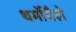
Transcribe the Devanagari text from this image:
थर्मोपैले